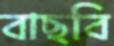
বাছবি